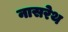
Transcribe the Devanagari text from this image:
नासरेथ